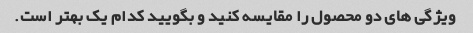
ویژگی های دو محصول را مقایسه کنید و بگویید کدام یک بهتر است.